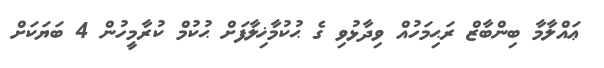
ޢައްލާމާ ބިންބާޒް ރަޙިމަހުއް ވިދާޅުވި ގެ ޙުކުމާޚިލާފަށް ޙުކުމް ކުރާމީހުން 4 ބަޔަކަށް